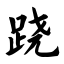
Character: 跷